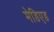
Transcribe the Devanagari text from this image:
मेडिएड